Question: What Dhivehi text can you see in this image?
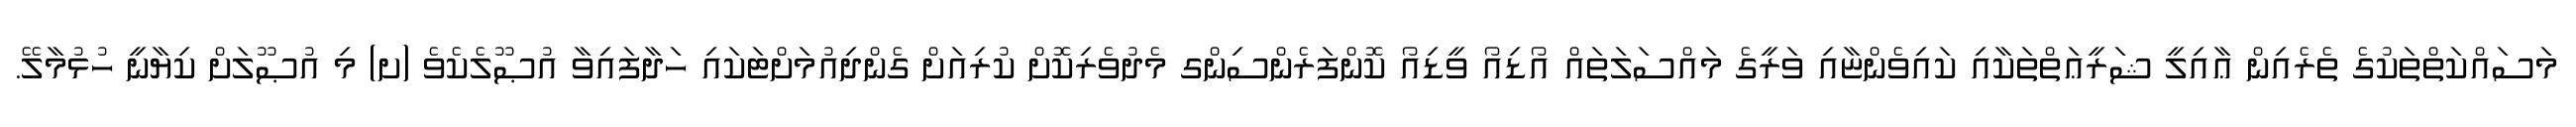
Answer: މަސައްކަތްތަކުގެ ތެރެއިން ޢާއިލީ ޝަރީޢަތްތަކާއި ކައިވެންޏާއި ވަރީގެ މައްސަލަތައް އޯޑިއޯ ވީޑިއޯ ކޮންފަރެންސިންގ މެދުވެރިކޮށް ކުރިއަށް ގެންދިއުމަށްޓަކައި ހަދާފައިވާ އުޞޫލެކެވެ (ށ) މި އުޞޫލަށް ކިޔާނީ ހުޅުމާލޭ.